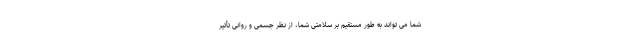
شما می تواند به طور مستقیم بر سلامتی شما، از نظر جسمی و روانی تأثیر